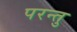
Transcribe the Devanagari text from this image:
परन्तु